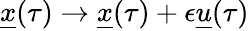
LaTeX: \underline{{x}}(\tau)\to\underline{{x}}(\tau)+\epsilon\underline{{u}}(\tau)